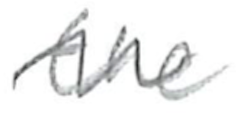
Text: the
Cross-out: wave
Writing tool: pencil